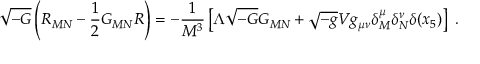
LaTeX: \sqrt { - G } \left( R _ { M N } - \frac { 1 } { 2 } G _ { M N } R \right) = - \frac { 1 } { M ^ { 3 } } \left[ \Lambda \sqrt { - G } G _ { M N } + \sqrt { - g } V g _ { \mu \nu } \delta _ { M } ^ { \mu } \delta _ { N } ^ { \nu } \delta ( x _ { 5 } ) \right] ~ .